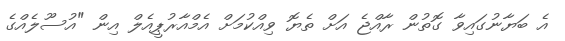
އެ ބަޔާނުގައިވާ ގޮތުން ރާއްޖެ އަށް ތެޔޮ ވިއްކުމަށް އެމްއާރުޕީއެލް އިން "އުސޫލެއްގެ